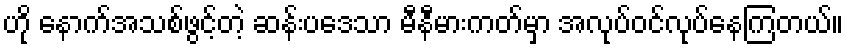
ဟို နောက်အသစ်ဖွင့်တဲ့ ဆန်းပဒေသာ မီနီမားကတ်မှာ အလုပ်ဝင်လုပ်နေကြတယ်။